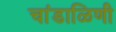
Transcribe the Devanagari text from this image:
चांडाळिणी